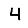
Digit: 4